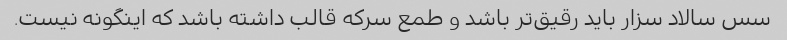
سس سالاد سزار باید رقیق‌تر باشد و طمع سرکه قالب داشته باشد که اینگونه نیست.